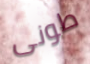
طونى